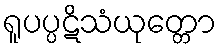
ရူပပ္ပဋိသံယုတ္တော